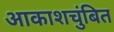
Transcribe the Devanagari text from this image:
आकाशचुंबित